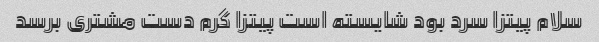
سلام پیتزا سرد بود شایسته است پیتزا گرم دست مشتری برسد